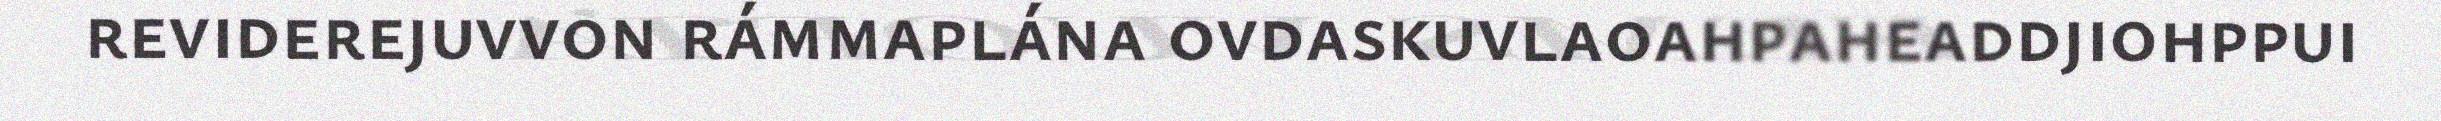
reviderejuvvon rámmaplána ovdaskuvlaoahpaheaddjiohppui